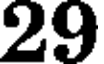
29